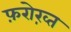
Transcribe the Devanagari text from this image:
फ़रोख़्त